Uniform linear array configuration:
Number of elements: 8
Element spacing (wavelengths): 0.25
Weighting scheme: binomial
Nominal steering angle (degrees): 45
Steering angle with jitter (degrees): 43.785
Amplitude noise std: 0.05
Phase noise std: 0.05

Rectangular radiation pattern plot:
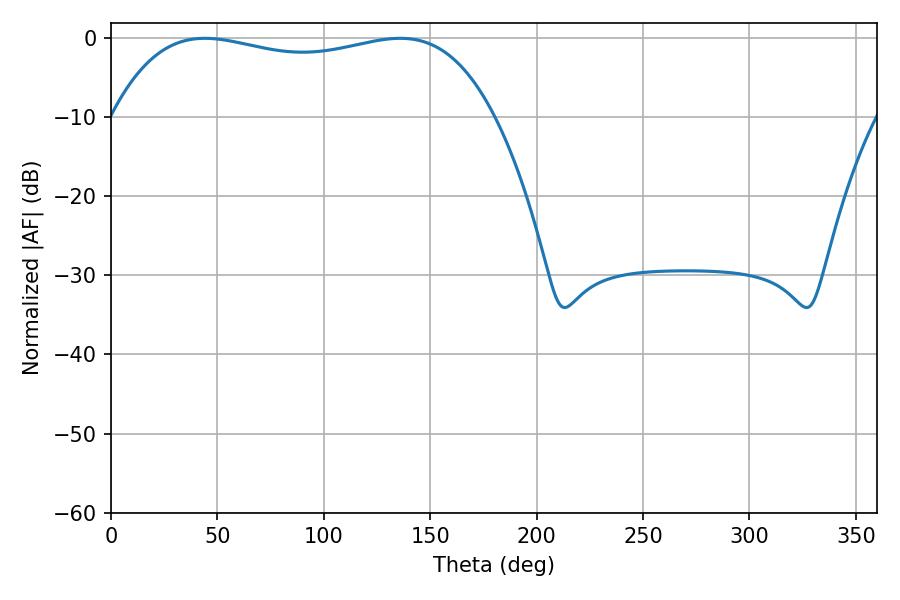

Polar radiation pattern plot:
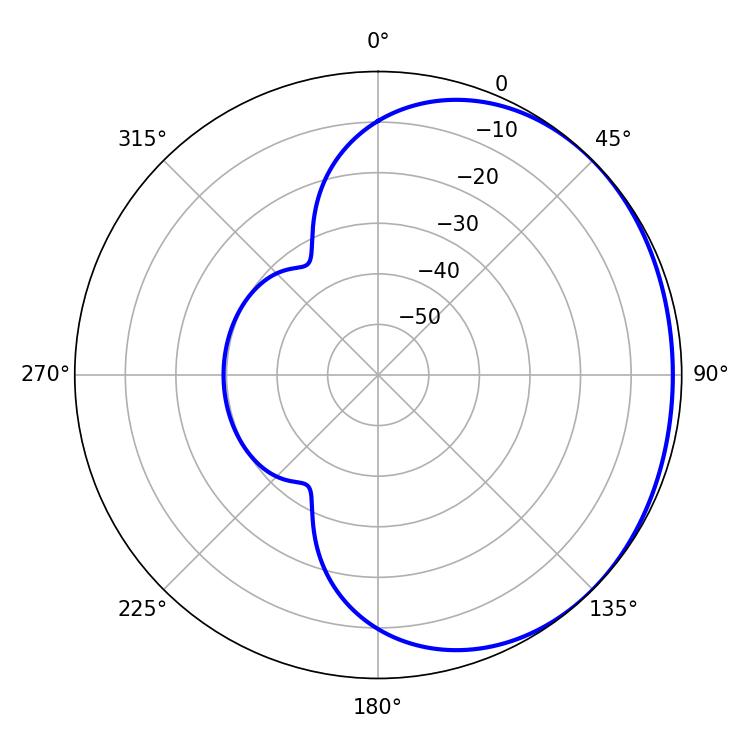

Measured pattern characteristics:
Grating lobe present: FALSE
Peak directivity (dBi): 0.9997
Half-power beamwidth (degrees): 144.72
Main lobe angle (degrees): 44.1